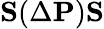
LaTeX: {\mathbf S}(\Delta{\mathbf P}){\mathbf S}